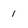
Character: 1